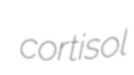
cortisol